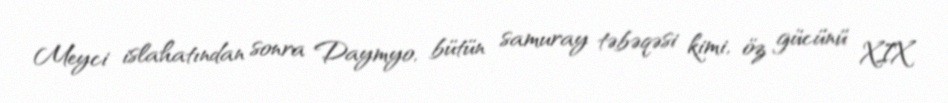
Meyci islahatından sonra Daymyo, bütün samuray təbəqəsi kimi, öz gücünü XIX